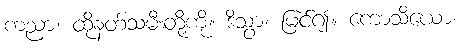
ကညာ၊ ထိုနတ်သမီးတို့ကို။ ဒိသွာ၊ မြင်၍။ ကောသိယော၊